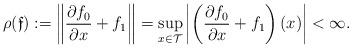
LaTeX: \begin{align*}\rho(\mathfrak{f}):=\left\Vert\frac{\partial f_0}{\partial x}+f_1\right\Vert=\sup_{x\in\mathcal{T}}\left|\left(\frac{\partial f_0}{\partial x}+f_1\right)(x)\right|<\infty.\end{align*}